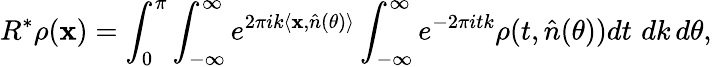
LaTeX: R^{*}\rho(\mathbf{x})=\int_{0}^{\pi}\int_{-\infty}^{\infty}e^{2\pi ik\langle\mathbf{x},\hat{n}(\theta)\rangle}\int_{-\infty}^{\infty}e^{-2\pi itk}\rho(t,\hat{n}(\theta))dt\, \, dk\, d\theta,